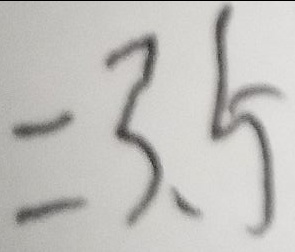
= 3 . 5